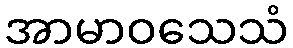
အာမာဝသေသံ